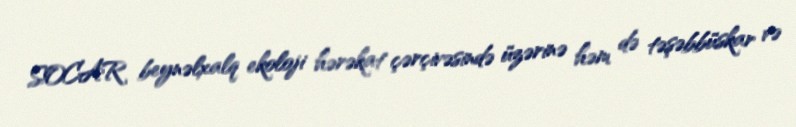
SOCAR beynəlxalq ekoloji hərəkat çərçivəsində üzərinə həm də təşəbbüskar və